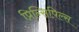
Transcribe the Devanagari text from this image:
प्रिन्सिपिल्स